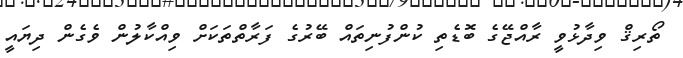
ތޯރިޤް ވިދާޅުވީ ރާއްޖޭގެ ބޮޑެތި ކުންފުނިތައް ބޭރުގެ ފަރާތްތަކަށް ވިއްކާލުން ވެގެން ދިޔައީ